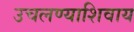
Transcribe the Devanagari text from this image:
उचलण्याशिवाय